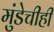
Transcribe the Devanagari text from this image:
मुंडेचीही